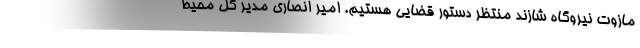
مازوت نیروگاه شازند منتظر دستور قضایی هستیم. امیر انصاری مدیر کل محیط